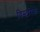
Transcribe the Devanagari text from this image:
विस्टरिक